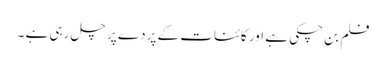
فلم بن چکی ہے اور کائنات کے پردے پر چل رہی ہے ۔